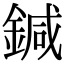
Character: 鍼